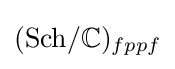
({\text{Sch}}/\mathbb {C} )_{fppf}